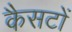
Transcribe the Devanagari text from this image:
कैसटों